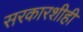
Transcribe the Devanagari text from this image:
सरकारशीही